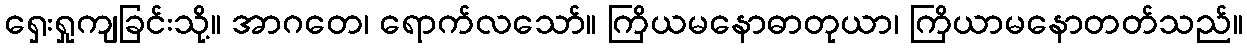
ရှေးရှုကျခြင်းသို့။ အာဂတေ၊ ရောက်လသော်။ ကြိယမနောဓာတုယာ၊ ကြိယာမနောတတ်သည်။